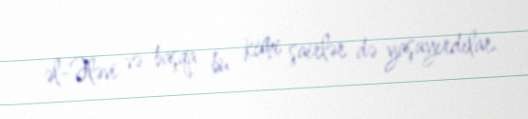
əl-Ələvi və başqa bu kimi şairlər də yaşayırdılar.